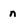
Character: n